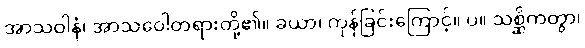
အာသဝါနံ၊ အာသဝေါတရားတို့၏။ ခယာ၊ ကုန်ခြင်းကြောင့်။ ပ။ သစ္ဆိကတွာ၊